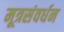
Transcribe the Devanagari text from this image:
मूत्रसंवर्धन